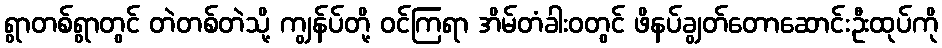
ရွာတစ်ရွာတွင် တဲတစ်တဲသို့ ကျွန်ပ်တို့ ဝင်ကြရာ အိမ်တံခါးဝတွင် ဖိနပ်ချွတ်တောဆောင်းဦးထုပ်ကို